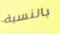
بالنسبة